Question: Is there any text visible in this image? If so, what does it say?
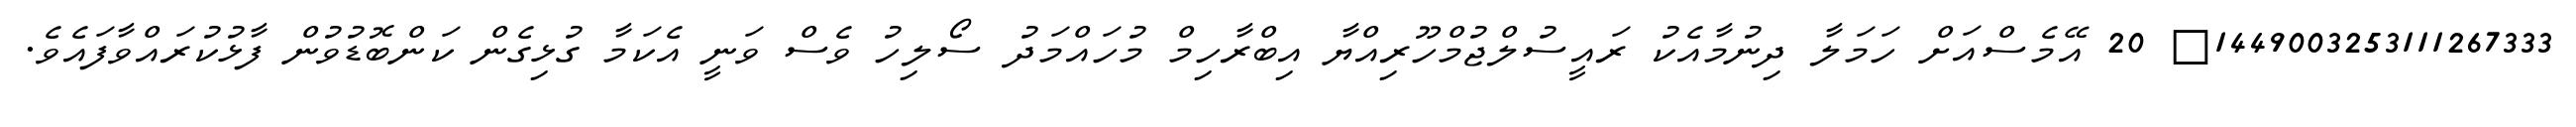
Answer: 1449003253111267333? 20 އޭމެސްއަށް ހަމަލާ ދިނުމާއެކު ރައީސުލްޖުމްހޫރިއްޔާ އިބްރާހިމް މުހައްމަދު ސޯލިހު ވެސް ވަނީ އެކަމާ ގުޅިގެން ކަންބޮޑުވުން ފާޅުކުރައްވާފައެވެ.